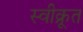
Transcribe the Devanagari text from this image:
स्वीक्रूत